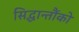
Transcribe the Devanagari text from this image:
सिद्धान्तौंको